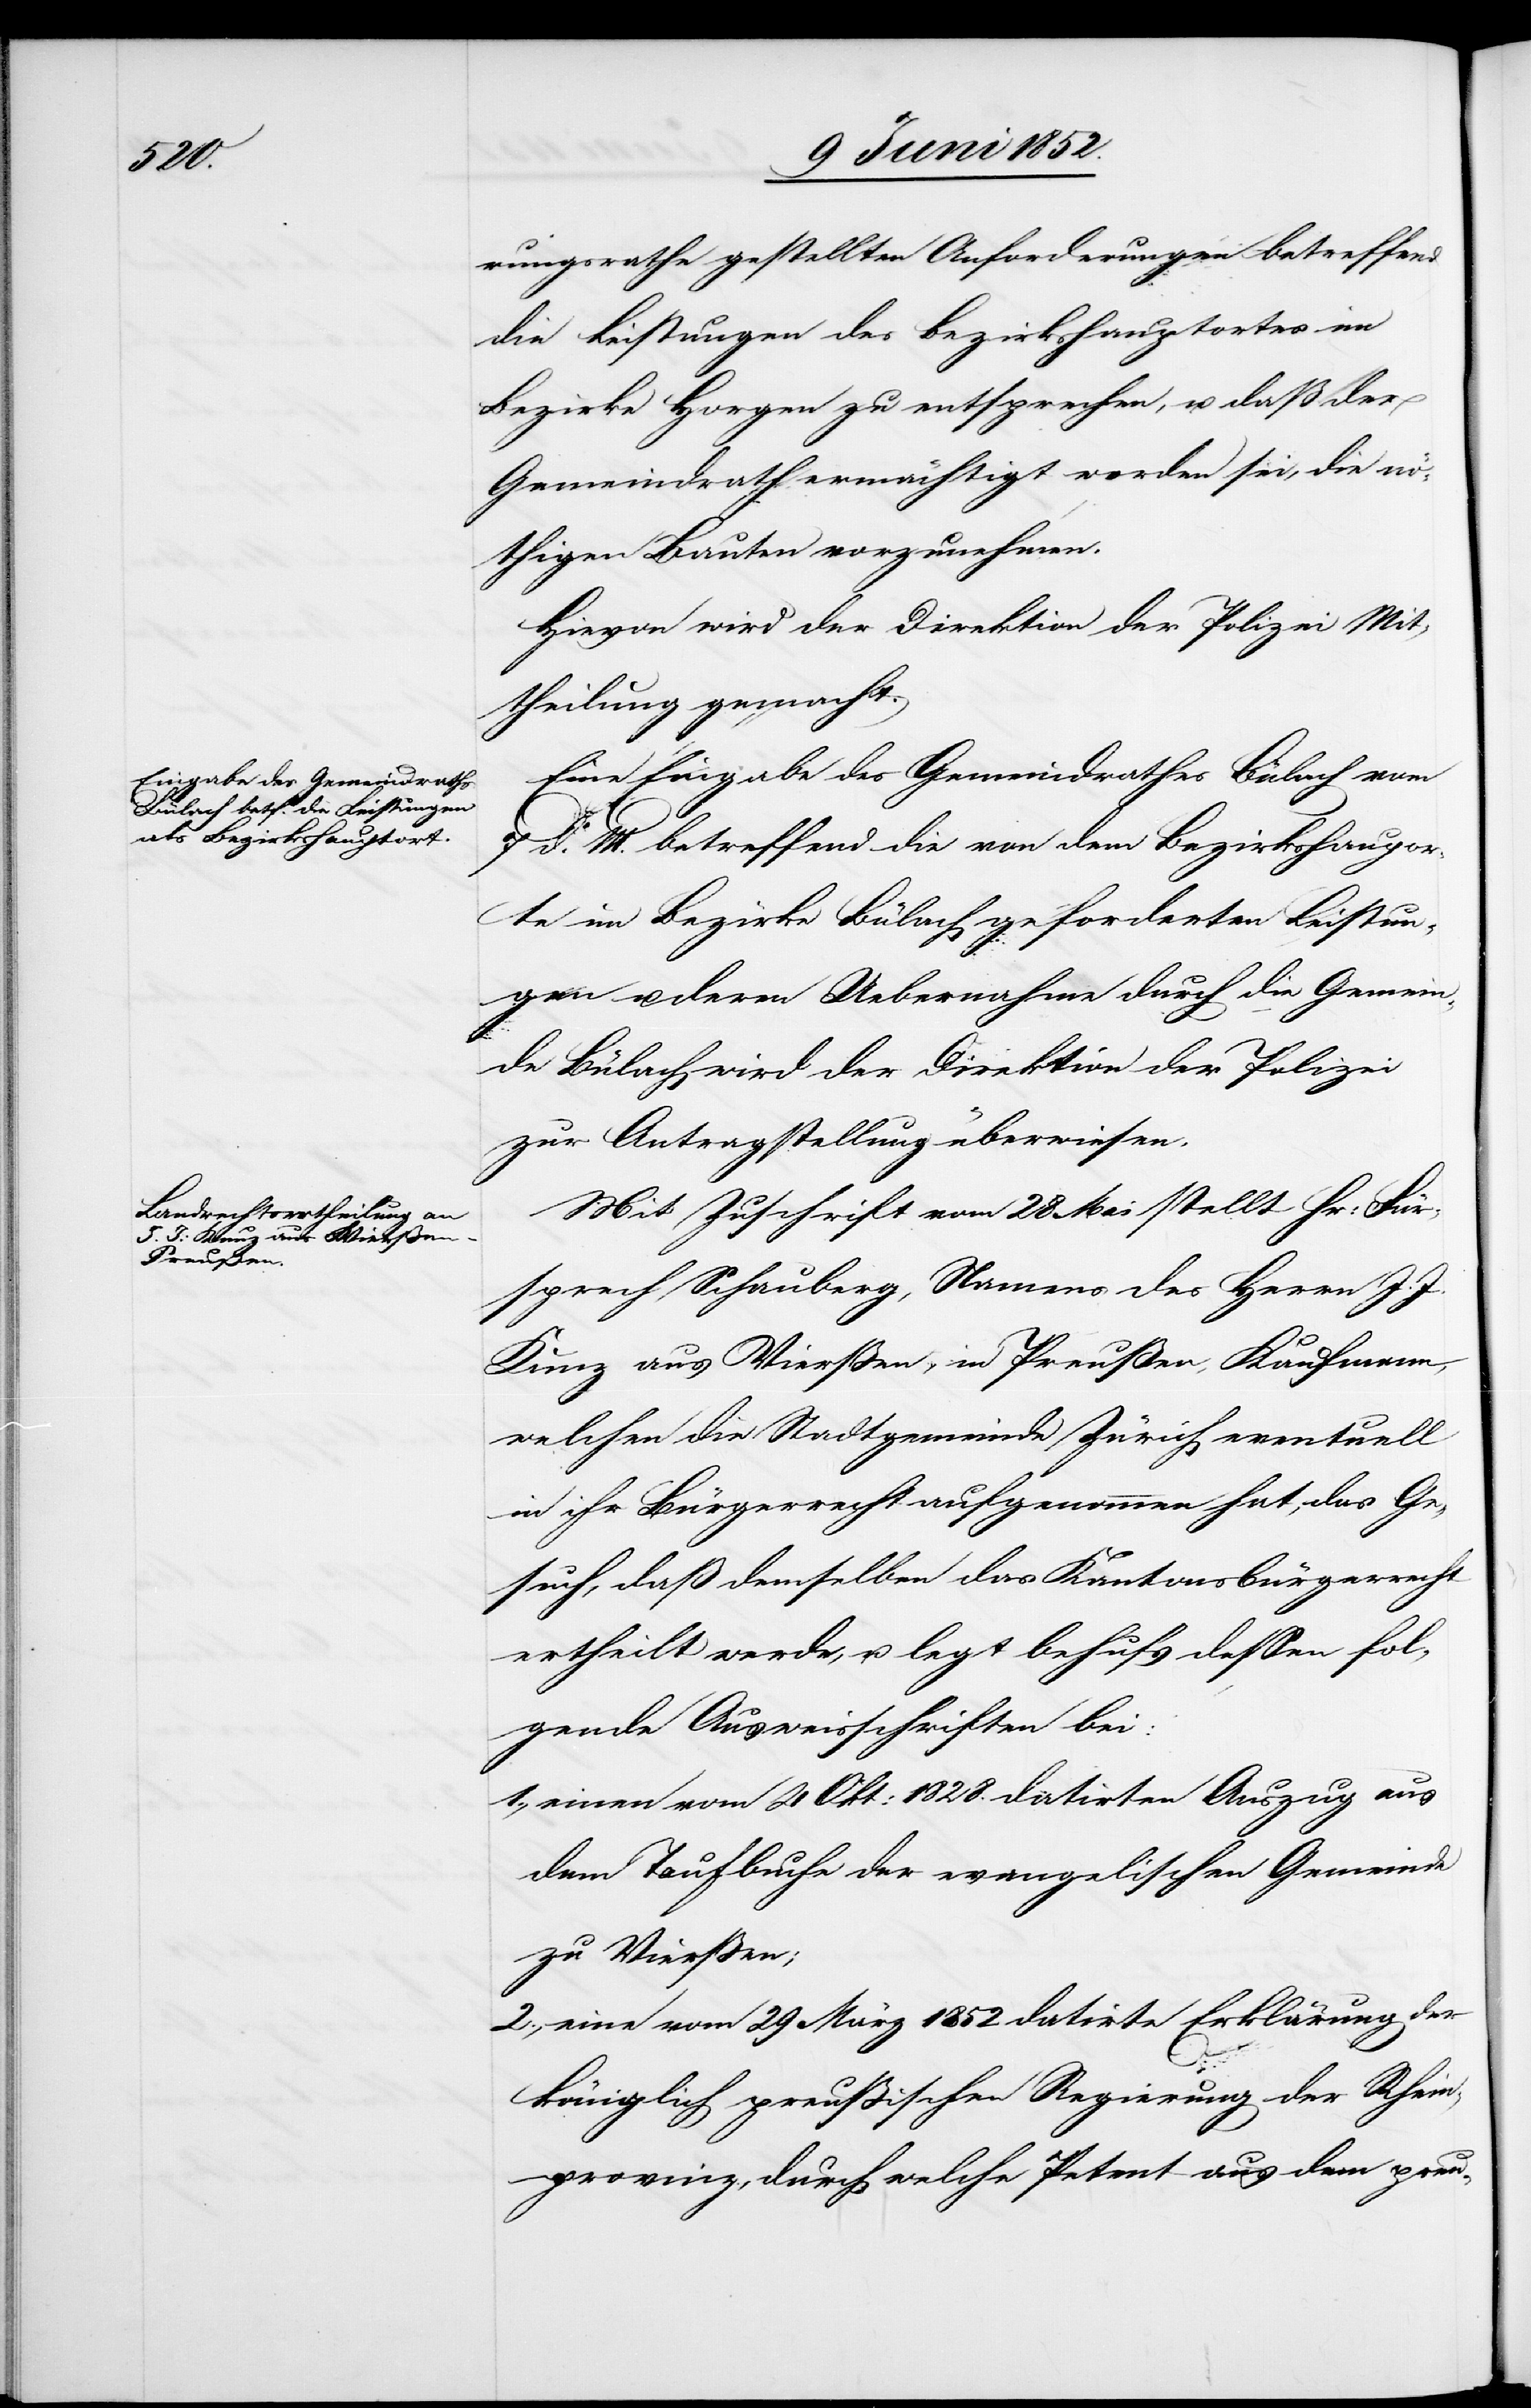
rungsrathe gestellten Anforderungen betreffend
die Leistungen des Bezirkshauptortes im
Bezirke Horgen zu entsprechen, u. daß der
Gemeindrath ermächtigt worden sei, die nö¬
thigen Bauten vorzunehmen.
Hievon wird der Direktion der Polizei Mit¬
theilung gemacht.
Eine Eingabe des Gemeindrathes Bülach vom
d. M. betreffend die von dem Bezirkshauptor¬
te im Bezirke Bülach geforderten Leistun¬
gen u. deren Uebernahme durch die Gemein¬
de Bülach wird der Direktion der Polizei
zur Antragstellung überwiesen.
Mit Zuschrift vom 28 Mai stellt Hr: Für¬
sprech Schauberg, Namens des Herrn J. J.
Kunz aus Vierssen, in Preußen, Kaufmann,
welchen die Stadtgemeinde Zürich eventuell
in ihr Bürgerrecht aufgenommen hat, das Ge¬
such, daß demselben das Kantonsbürgerrecht
ertheilt werde, u. legt behufs dessen fol¬
gende Ausweisschriften bei:
einen vom 4 Okt: 1828. datirten Auszug aus
dem Taufbuche der evangelischen Gemeinde
zu Vierssen;
eine vom 29 März 1852 datirte Erklärung der
königlich preussischen Regierung der Rhein¬
provinz, durch welche Petent aus dem preu-